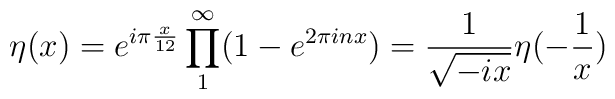
\eta(x)=e^{i\pi \frac{x}{12}}\prod_{1}^{\infty}(1-e^{2\pi inx})=\frac{1}{\sqrt{-ix}}\eta(-\frac{1}{x})